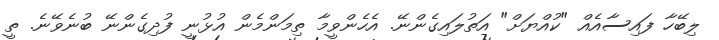
ލިބޭހާ ފައިސާއެއް "ކުއްޔަށް" އަތުލައިގެންނޭ. އެހެންވީމާ ތިމަންމެން އުޅުނީ ފުދިގެންނޭ ބުނެވޭނެ. ތީ